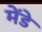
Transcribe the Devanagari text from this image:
मेंडे